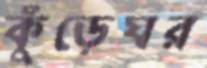
কুঁড়েঘর